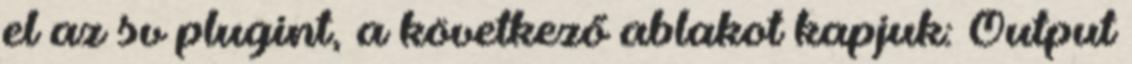
el az sv plugint, a következő ablakot kapjuk: Output